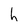
Character: h